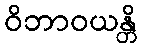
ဝိဘာဝယန္တိ